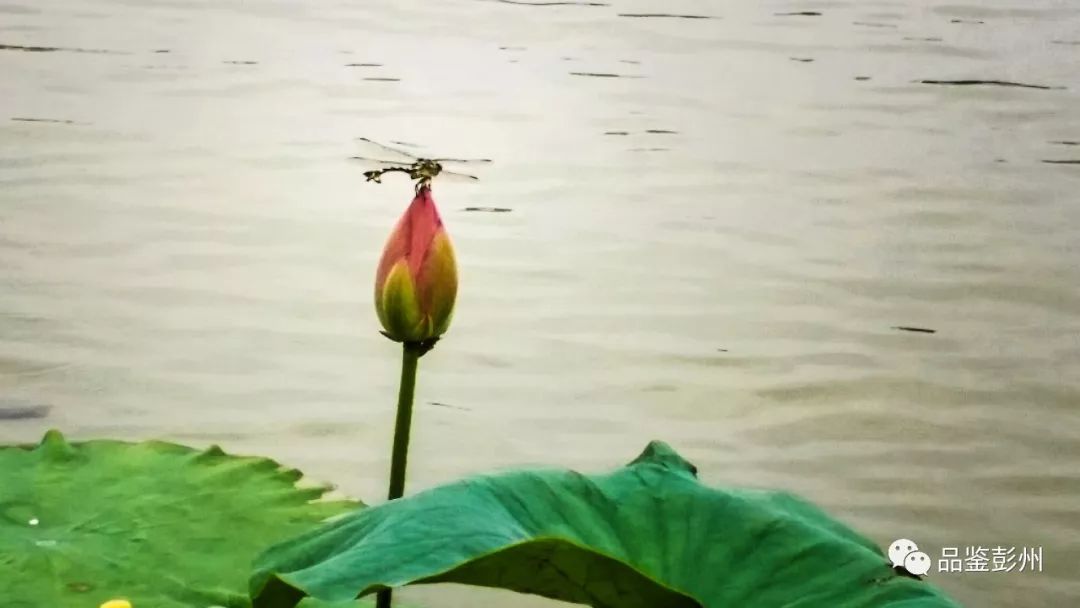
田田初出水，菡萏念娇蕊。